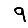
Digit: 9